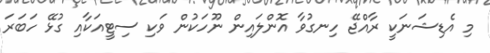
މި އެޑިޝަނަކީ ރާއްޖޭ ހިނގުވާ އޮންލައިން ނޫހަކުން ވަކި ސިޓީއަކާއި ގުޅޭ ހަބަރަ